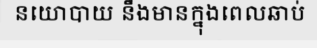
នយោបាយ នឹងមានក្នុងពេលឆាប់